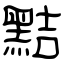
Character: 黠